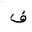
Letter: _fa